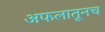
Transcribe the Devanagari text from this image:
अफलातूनच